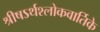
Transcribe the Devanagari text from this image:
श्रीषऽर्थश्लोकवार्तिके